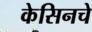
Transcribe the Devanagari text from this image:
केसिनचे